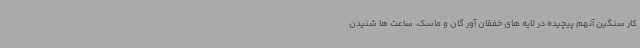
کار سنگین آنهم پیچیده در لایه های خفقان آور گان و ماسک، ساعت ها شنیدن